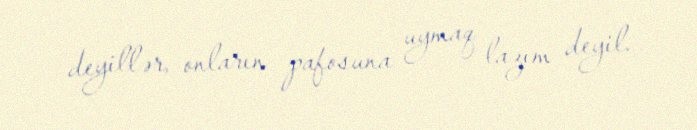
deyillər, onların pafosuna uymaq lazım deyil.